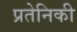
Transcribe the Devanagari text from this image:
प्रतेनिकी